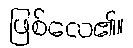
ဖြစ်လေ၏။